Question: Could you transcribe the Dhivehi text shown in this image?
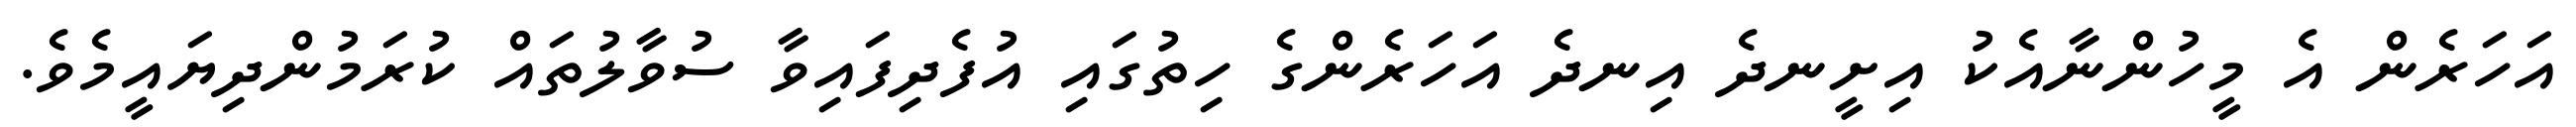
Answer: އަހަރެން އެ މީހުންނާއެކު އިށީނދެ އިނދެ އަހަރެންގެ ހިތުގައި އުފެދިފައިވާ ސުވާލުތައް ކުރަމުންދިޔައީމެވެ.